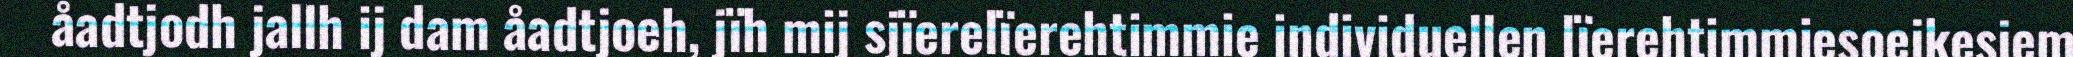
åadtjodh jallh ij dam åadtjoeh, jïh mij sjïerelïerehtimmie individuellen lïerehtimmiesoejkesjem